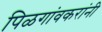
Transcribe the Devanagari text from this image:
पिळगांवकरांनी